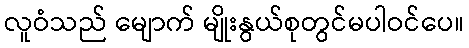
လူဝံသည် မျောက် မျိုးနွယ်စုတွင်မပါဝင်ပေ။